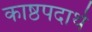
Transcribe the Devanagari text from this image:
काष्ठपदार्थ